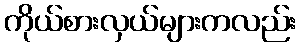
ကိုယ်စားလှယ်များကလည်း